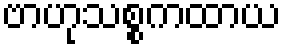
ဗာဟုသစ္စကထာယ